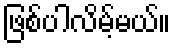
ဖြစ်ပါလိမ့်မယ်။